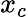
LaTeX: x_{c}